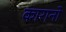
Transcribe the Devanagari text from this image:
कारानो